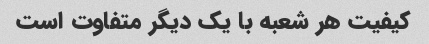
کیفیت هر شعبه با یک دیگر متفاوت است